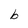
Character: b